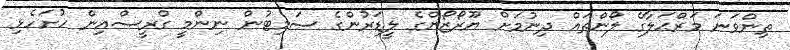
ތިންވަނަ މަރްޙަލާގެ ލޯންތައް ދިނުމަށް ޔޫރޯޒޯންގެ ލީޑަރުންގެ ސަމިޓުން ނިންމީ ގްރީސްއިން ހުށަހެޅި